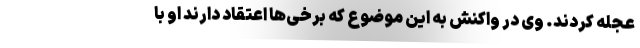
عجله کردند. وی در واکنش به این موضوع که برخی‌ها اعتقاد دارند او با